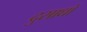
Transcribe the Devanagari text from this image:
दुसाधों